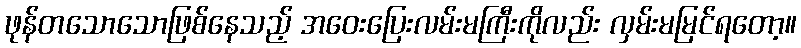
ဖုန်တသောသောဖြစ်နေသည့် အဝေးပြေးလမ်းမကြီးကိုလည်း လှမ်းမမြင်ရတော့။